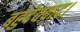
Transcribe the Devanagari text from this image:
बहुदेववाद।